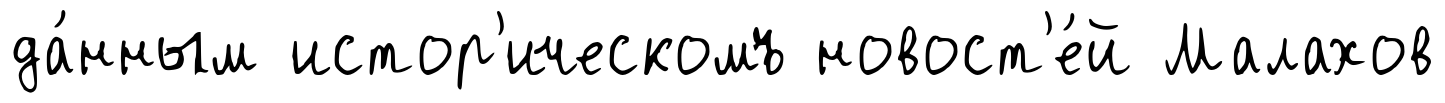
да́нным истор'ическомъ новост'е́й Малахов